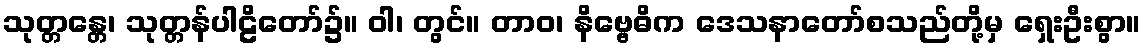
သုတ္တန္တေ၊ သုတ္တန်ပါဠိတော်၌။ ဝါ၊ တွင်။ တာဝ၊ နိဗ္ဗေဓိက ဒေသနာတော်စသည်တို့မှ ရှေးဦးစွာ။